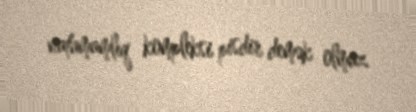
natamamlıq kompleksi pisdir demək olmaz.